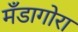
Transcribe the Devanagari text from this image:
मँडागोरा